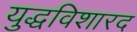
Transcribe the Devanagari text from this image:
युद्धविशारद